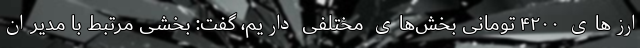
ارز‌های ۴۲۰۰ تومانی بخش‌های مختلفی داریم، گفت: بخشی مرتبط با مدیران